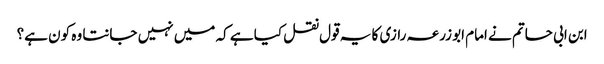
ابن ابی حاتم نے امام ابو زرعہ رازی کا یہ قول نقل کیا ہے کہ میں نہیں جانتا وہ کون ہے؟